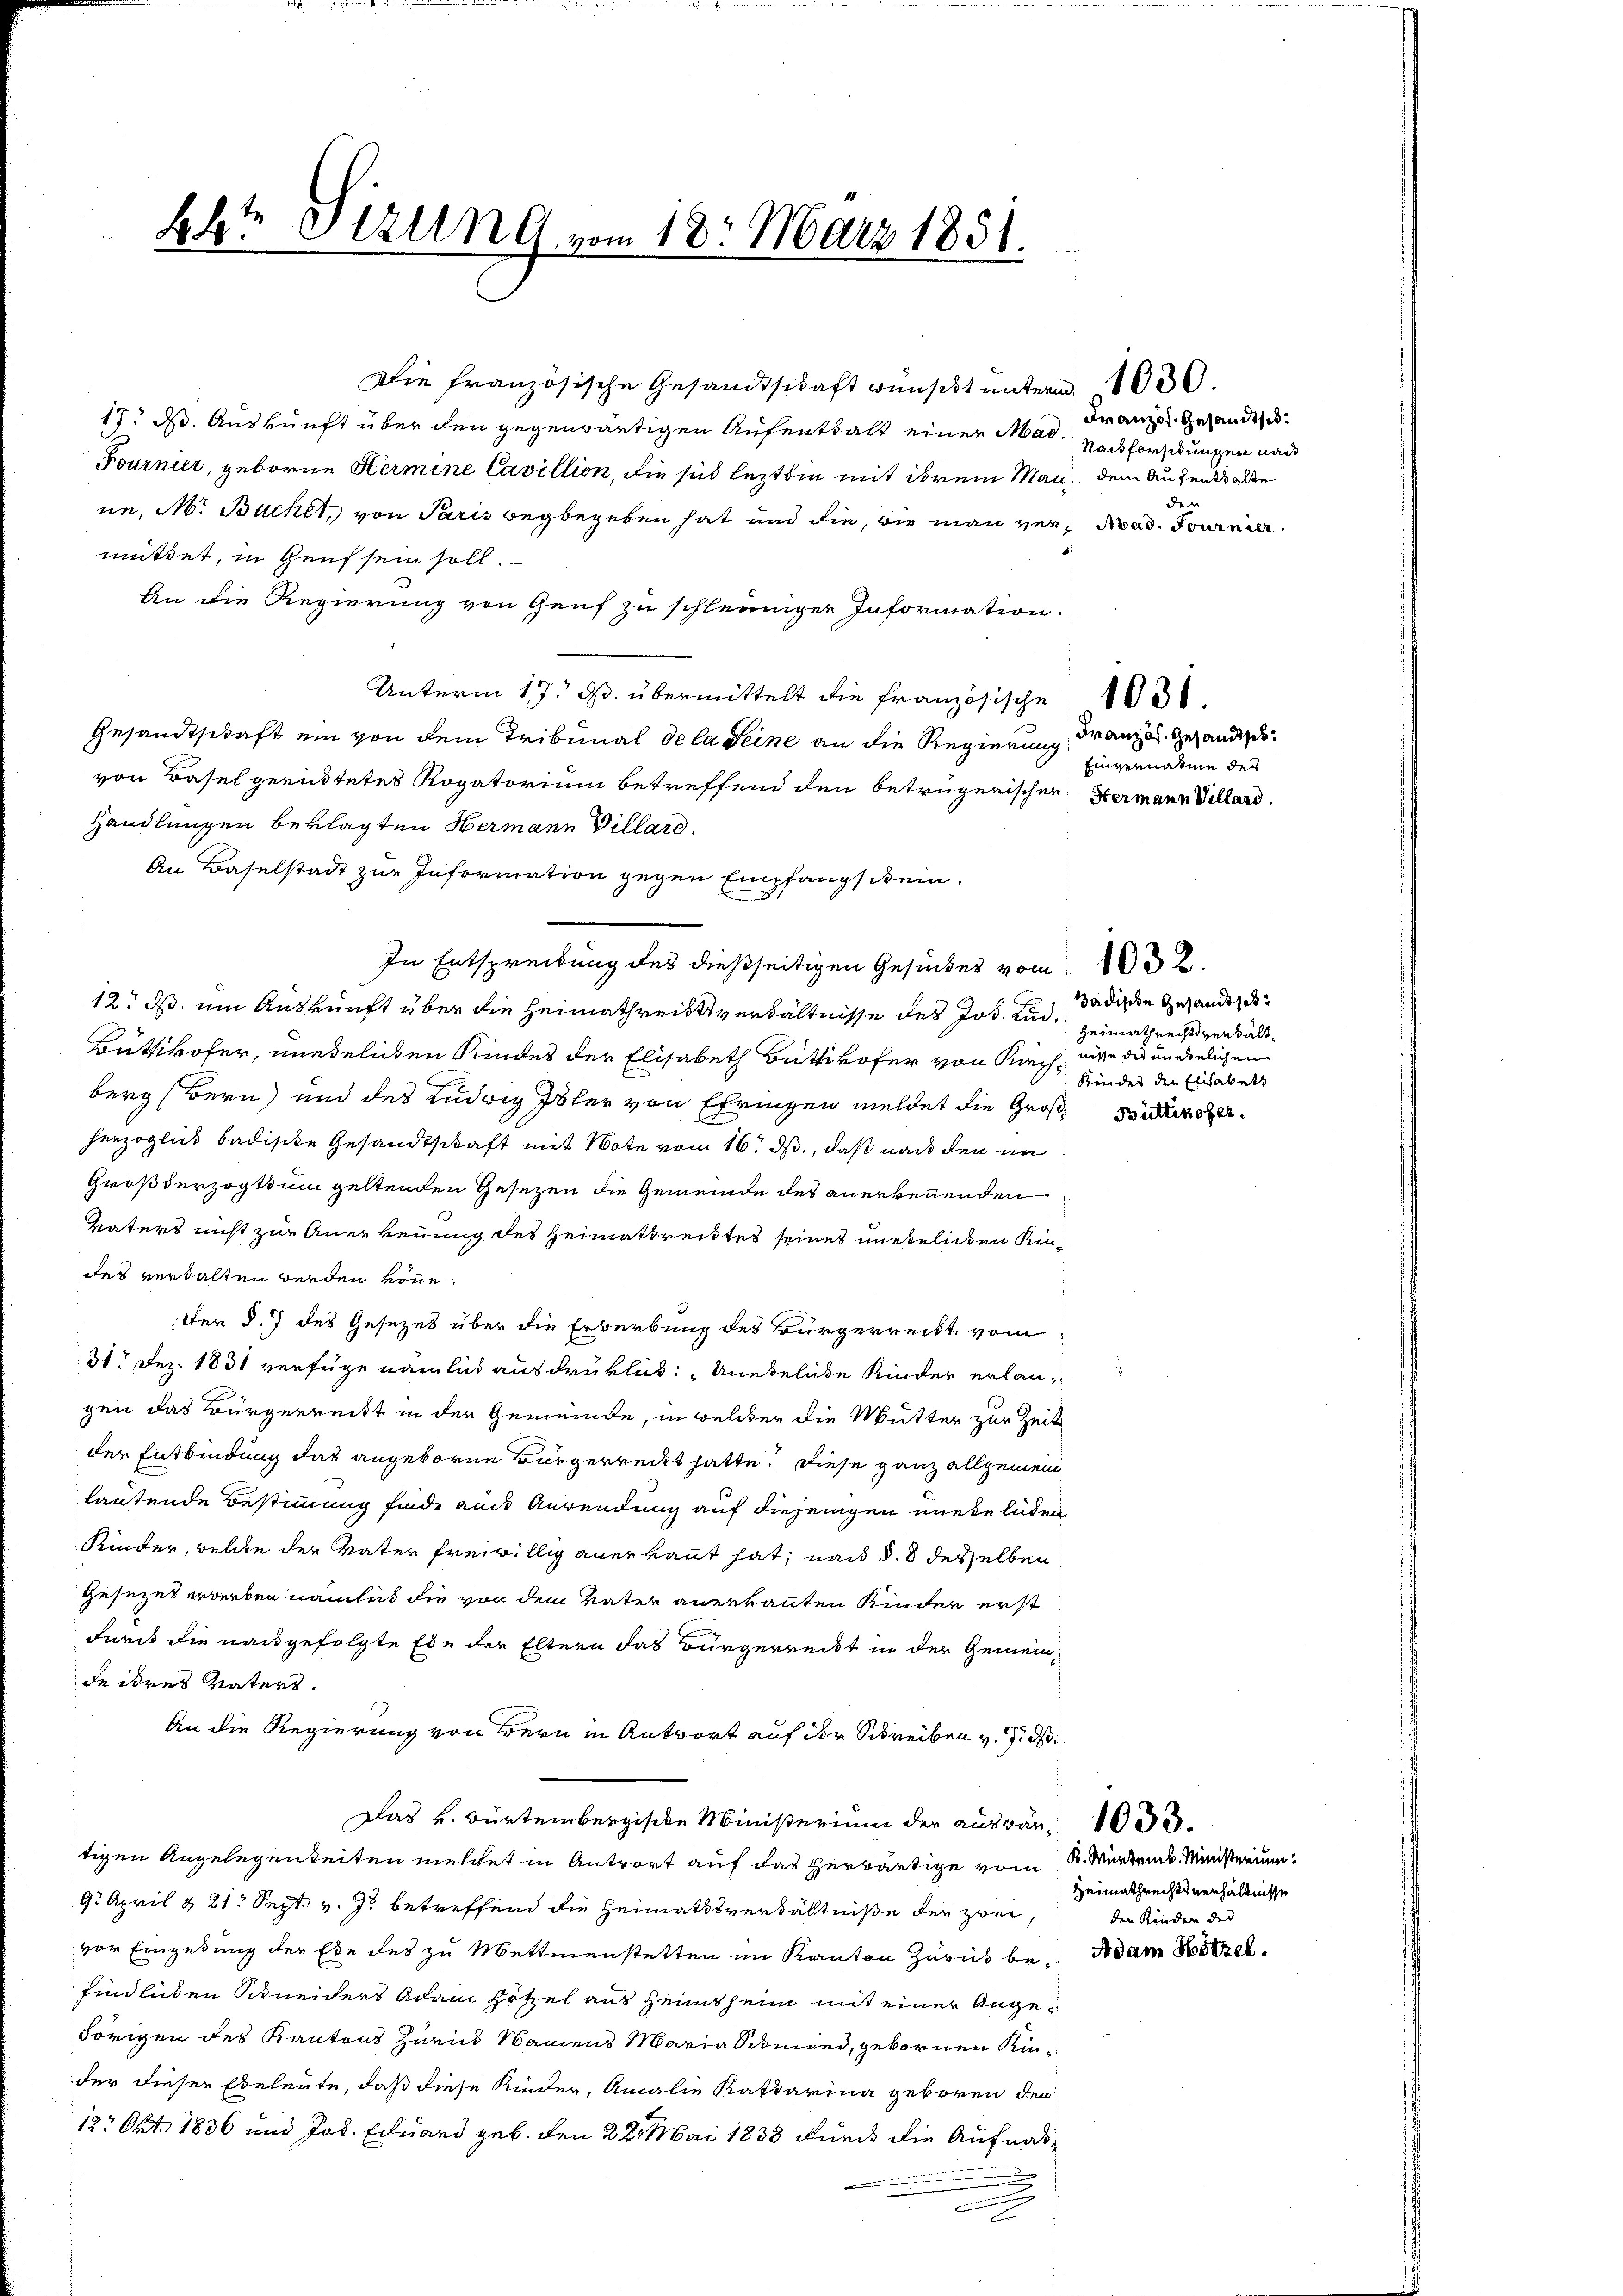
Bb? Stzung vom 18. März 1851.

Die französische Gesandtschaft wünscht unterm 1000.
17. ds. Auskunft über den gegenwärtigen Aufenthalt einer Mad. Nachforschungen nach
Fournier, geborne Hermine Cavillion, die sind lezten mit ihrem Man, dem Aufenthalte
nn, M. Buchet, von Paris begbegeben hat und die, wie man ver¬ Mad. Tourni
müttet, in Genf sein soll.
An die Regierung von Genf zu schleuniger Information
Unterm 17. ds. übermittelt die Französische 13
Gesandtschaft ein von dem Tribunal de la seine an die Regierung Französ. Gesandtsch
von Basel gerüstetes Rogatorium betreffend den betrügerischen Hermann Villard.
Handlungen beklagten Hermann Villard.
An Baselstadt zur Information gegen Empfangschein.
12. ds. um Auskunft über die Heimathreitsverhältnisse des Jos. Lud¬
Büttikofer, wiedelnden Kindes der Elisabeth Büttikofer von Richberg Bern und des Ludwig Isler von Ehringen meldet die Große Rathe
herzoglich badische Gesandtschaft mit Note vom 16. ds., daß nach den im
Großherzogthum geltenden Gesezen die Gemeinde des anerkennenden
Vaters nicht zur Anerkennung des Heimatbreites seines unehelichen Kindes verwalten werden könne.
Der §. 7 des Gesezes über die Erberbung des Bürgerreist vom
31. Dez. 1831 verfüge nämlich ausdrüklich: „Unekelnde Kinder erlaugen das Bürgerreist in der Gemeinde, in welcher die Mutter zur Zeit
der Entbindung das angeboren Bürgerreckt hatte. Diese ganz allgemein
lautende Bestimmung finde aus Anwendung auf diejenigen wiede luden
Kinder, welche der Vater freiwillig anerkannt hat, nach d. 8 desselben
gesezes erwerben nämlich die von dem Vater anerkannten Kinder erst
Furis die nachgefolgte Ede der Eltern das Bürgerrecht in der Gemeinde ihres Vaters.
An die Regierung von Bern in Antwort auf der Schreiben v. Jiddi
Das v. Bürtembergische Ministerium der auswär 1000.
tigen Angelegenheiten mehret in Antwort auf das herwärtige vom K. Würtemb. Ministerium
9. April & 21. Sept. v. J. betreffend die Heimathsverhältniße der zwei,
vor Eingedung der Ede des zu Mettmenstetten im Kanton Zurück be Adam Wötzel
findlichen Schneiders Adam Hötzel aus Heimsheim mit einer Angehörigen des Kantons Zürich Namens Maria Schmied, gebornen Kinder dieser Eheleute, daß diese Kinder, Amalie Katharina geboren den
12. Okt. 1836 und Jos. Eduard geb. den 22. Mai 1838 wurde die Aufnah¬
u

Französ. Gesandts
der

In Entspreibung des dießseitigen Gesuches vom 12.

Einvernahme des

Badische Gesandtsch
Heimathrechtsverkalt.
nisse des unehelichen
Kinder der Elisabet

Heimathrechts verhältnisse
den Kinder des